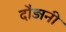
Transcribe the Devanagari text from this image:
दौड़ानी